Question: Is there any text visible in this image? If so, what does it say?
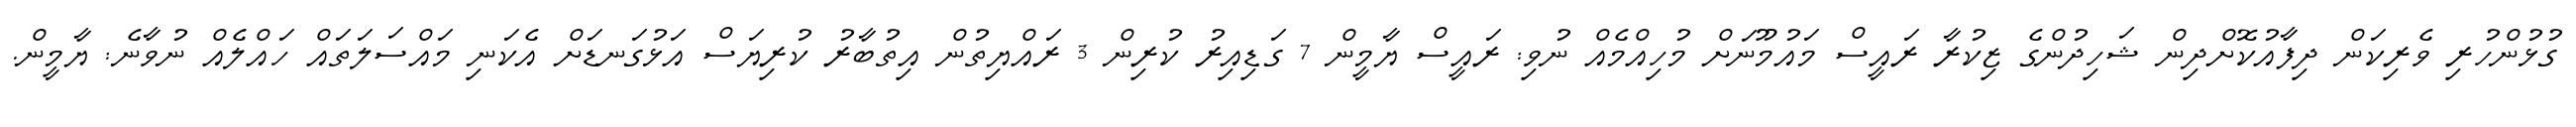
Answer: ގުޅުންހުރި ވެރިކަން ދިފާއުކޮށްދިން ޝަހިދުންގެ ޒިކުރާ ރައީސް މައުމޫނަށް މުހިއްމެއް ނުވި: ރައީސް ޔާމީން 7 ގަޑިއިރު ކުރިން 3 ރައްޔިތުން އިތުބާރު ކުރިޔަސް އަޅުގަނޑަށް އެކަނި މައްސަލަތައް ހައްލެއް ނުވާނެ: ޔާމީން.